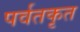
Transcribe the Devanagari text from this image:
पर्वतकृत